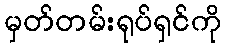
မှတ်တမ်းရုပ်ရှင်ကို